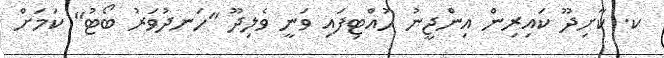
ކ. ކާށިދޫ ކައިރިން އިންޖީނު ހުއްޓިފައި ވަނީ ވެލިދޫ "ހަނދުވަރު ބޯޓު" ކަމަށް